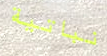
نباتية